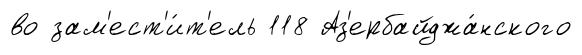
во зам'ест'и́т'ель 118 Аз'ербайджа́нского